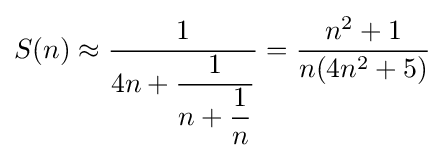
S(n)\approx {\dfrac {1}{4n+{\dfrac {1}{n+{\dfrac {1}{n}}}}}}={\frac {n^{2}+1}{n(4n^{2}+5)}}